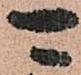
可